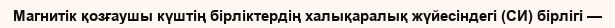
Магнитік қозғаушы күштің бірліктердің халықаралық жүйесіндегі (СИ) бірлігі —